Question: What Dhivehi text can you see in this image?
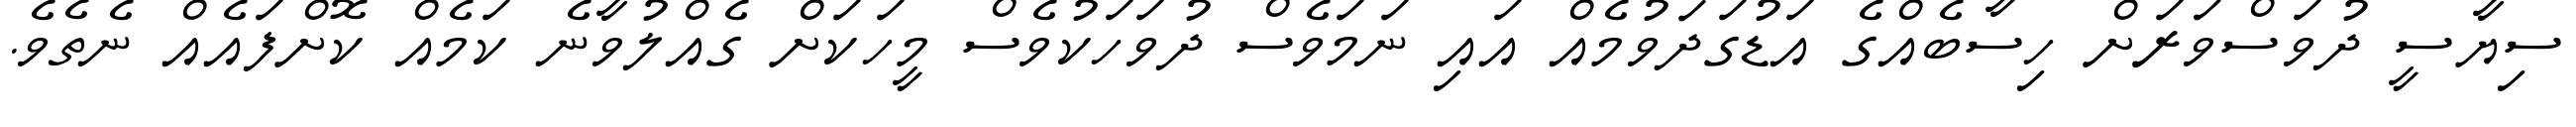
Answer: ސިޔާސީ ދުވަސްވަރަށް ހިސާބެއްގެ އަޑުގަދަވުމެއް އައި ނަމަވެސް ދުވަހަކުވެސް މީހަކަށް ގެއްލުވާނެ ކަމެއް ކޮށްފައެއް ނެތެވެ.